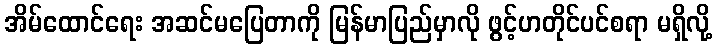
အိမ်ထောင်ရေး အဆင်မပြေတာကို မြန်မာပြည်မှာလို ဖွင့်ဟတိုင်ပင်စရာ မရှိလို့